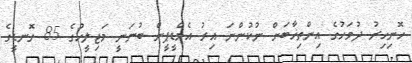
ހޮނިހިރު ދުވަހުގެ އިންތިޚާބަށް ނުކުންނަ އިރު އެމްޑީޕީން ބުނަނީ މަޖިލީހުގެ 85 ގޮނޑީގެ